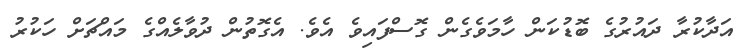
އަދާކުރާ ދައުރުގެ ބޮޑުކަން ހާމަވެގެން ގޮސްފައިވެ އެވެ. އެގޮތުން ދުވާލެއްގެ މައްޗަށް ހަކުރު